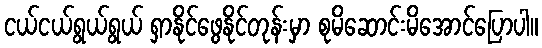
ငယ်ငယ်ရွယ်ရွယ် ရှာနိုင်ဖွေနိုင်တုန်းမှာ စုမိဆောင်းမိအောင်ပြောပါ။